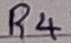
Text: R4